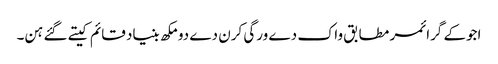
اجوکے گرائمر مطابق واک دے ورگی کرن دے دو مکھ بنیاد قائم کیتے گئے ہن۔